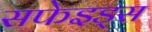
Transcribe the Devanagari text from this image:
सफेइड्स